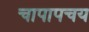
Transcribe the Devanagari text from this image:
चापापचय